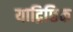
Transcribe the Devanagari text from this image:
याद्रिछिक